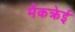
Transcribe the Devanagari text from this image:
मैकक्रेई